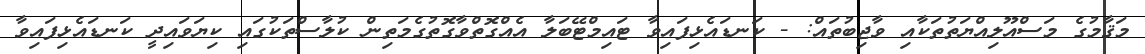
މަޤާމުގެ މަސްއޫލިއްޔަތުތަކާއި ވާޖިބުތައް: - ކަނޑައެޅިފައިވާ ޓައިމްޓޭބަލާ އެއްގޮތްވާގޮތުގެމަތިން ކުލާސްތަކުގައި ކިޔަވައިދީ ކަނޑައެޅިފައިވާ